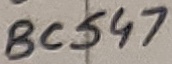
Text: BC547